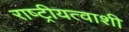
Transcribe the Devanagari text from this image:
राष्ट्रीयत्वाशी